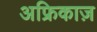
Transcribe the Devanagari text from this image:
अफ्रिकाज़